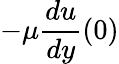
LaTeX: -\mu{\frac{du}{dy}}(0)